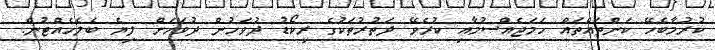
ކުރުމާބެހޭ ކަންތައްތައް ހަމަޖެއްސުމާއި ކުރެވޭ ދަތުރުތަކުގެ ރިކޯޑު ދުވަހުން ދުވަހަށް ލިޔެ ބެލެހެއްޓުން.